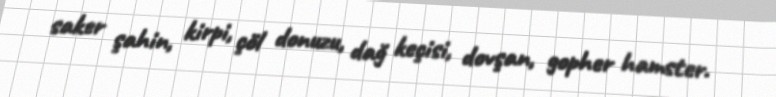
saker şahin, kirpi, çöl donuzu, dağ keçisi, dovşan, gopher hamster.